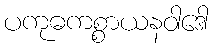
ပကုဓကစ္စာယနဝါဒေါ